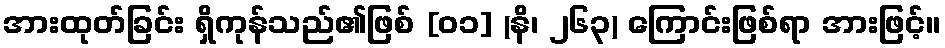
အားထုတ်ခြင်း ရှိကုန်သည်၏ဖြစ် [၀၁] (နိ၊ ၂၆၃) ကြောင်းဖြစ်ရာ အားဖြင့်။